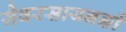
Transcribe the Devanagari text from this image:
जैवरसायनज्ञों